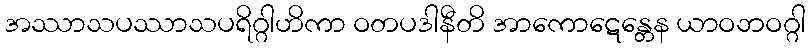
အဿာသပဿာသပရိဂ္ဂါဟိကာ ဝတပဒါနီတိ အာကောဋေန္တေန ယာဝဘဝဂ္ဂါ